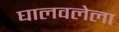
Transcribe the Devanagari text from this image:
घालवलेला